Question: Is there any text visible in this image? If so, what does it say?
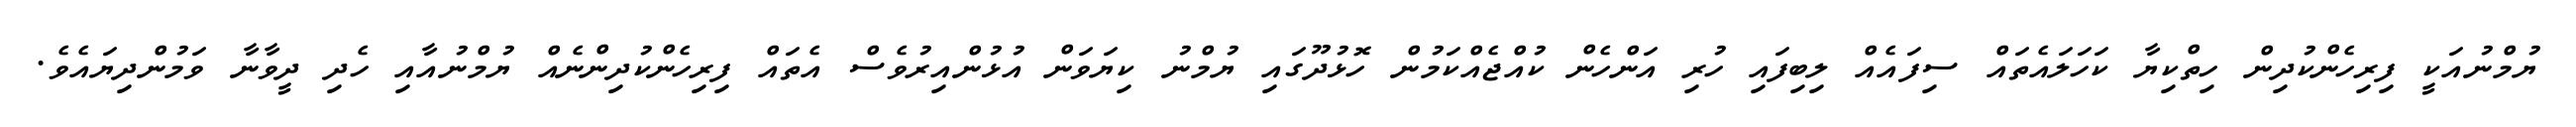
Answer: ޔުމްނުއަކީ ފިރިހެންކުދިން ހިތްކިޔާ ކަހަލައެތައް ސިފައެއް ލިބިފައި ހުރި އަންހެން ކުއްޖެއްކަމުން ހޮޅުދޫގައި ޔުމްނު ކިޔަވަން އުޅުންއިރުވެސް އެތައް ފިރިހެންކުދިންނެއް ޔުމްނުއާއި ހެދި ދީވާނާ ވަމުންދިޔައެވެ.